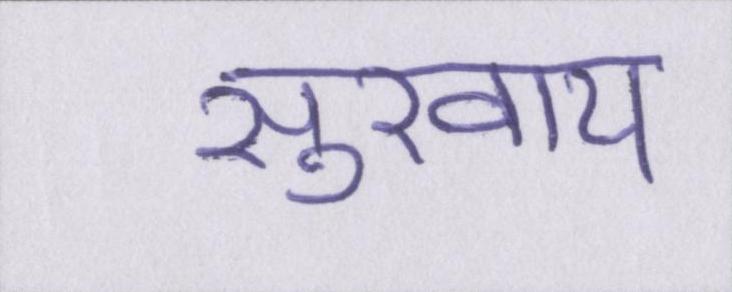
सुखाय